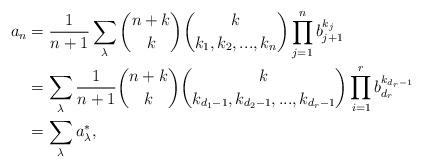
LaTeX: \begin{align*}a_n&=\frac{1}{n+1}\sum_{\lambda} \binom{n+k}{k}\binom{k}{k_1,k_2,...,k_n}\prod_{j=1}^n b_{j+1}^{k_j}\\&=\sum_{\lambda} \frac{1}{n+1}\binom{n+k}{k}\binom{k}{k_{d_1-1},k_{d_2-1},...,k_{d_r-1}}\prod_{i=1}^r b_{d_r}^{k_{d_r-1}}\\&=\sum_{\lambda} a_{\lambda}^{\ast},\end{align*}